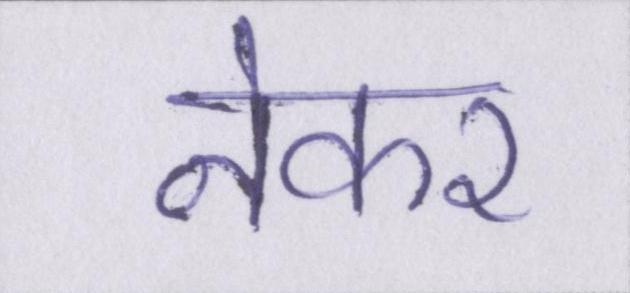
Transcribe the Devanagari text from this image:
नेकर